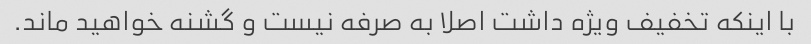
با اینکه تخفیف ویژه داشت اصلا به صرفه نیست و گشنه خواهید ماند.